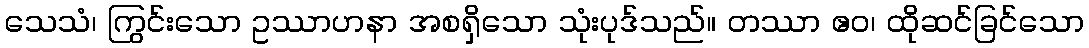
သေသံ၊ ကြွင်းသော ဥဿာဟနာ အစရှိသော သုံးပုဒ်သည်။ တဿာ ဧဝ၊ ထိုဆင်ခြင်သော